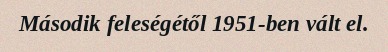
Második feleségétől 1951-ben vált el.